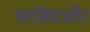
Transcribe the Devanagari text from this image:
चाहिएऔर